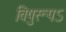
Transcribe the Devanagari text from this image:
विषुरूपऽ